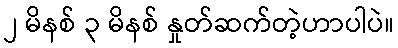
၂ မိနစ် ၃ မိနစ် နှုတ်ဆက်တဲ့ဟာပါပဲ။